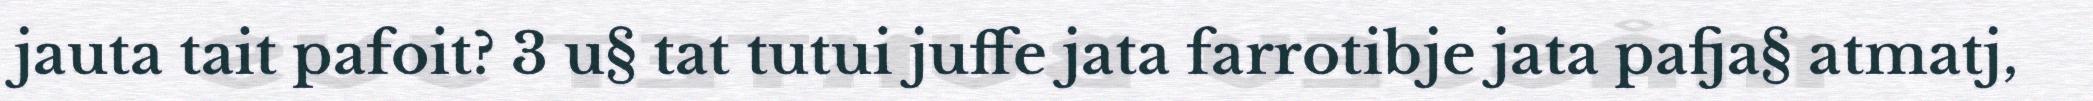
jauta tait pafoit? 3 u§ tat tutui juffe jata farrotibje jata pafja§ atmatj,